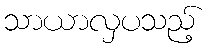
သာယာလှပသည့်